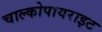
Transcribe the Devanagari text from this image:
चाल्कोपायराइट